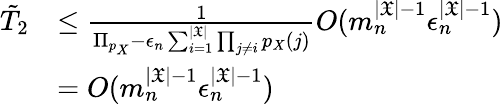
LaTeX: \begin{array}{rl}{\tilde{T}_{2}}&{\le\frac{1}{\Pi_{p_{X}}-\epsilon_{n}\sum_{i=1}^{|\mathfrak{X}|}\prod_{j\neq i}p_{X}(j)}O(m_{n}^{|\mathfrak{X}|-1}\epsilon_{n}^{|\mathfrak{X}|-1})}\\ &{=O(m_{n}^{|\mathfrak{X}|-1}\epsilon_{n}^{|\mathfrak{X}|-1})}\end{array}